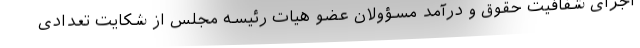
اجرای شفافیت حقوق و درآمد مسؤولان عضو هیات رئیسه مجلس از شکایت تعدادی